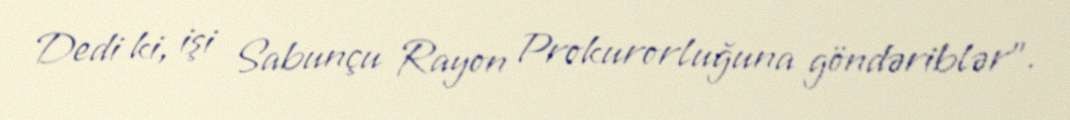
Dedi ki, işi Sabunçu Rayon Prokurorluğuna göndəriblər".